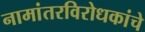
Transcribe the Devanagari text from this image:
नामांतरविरोधकांचे